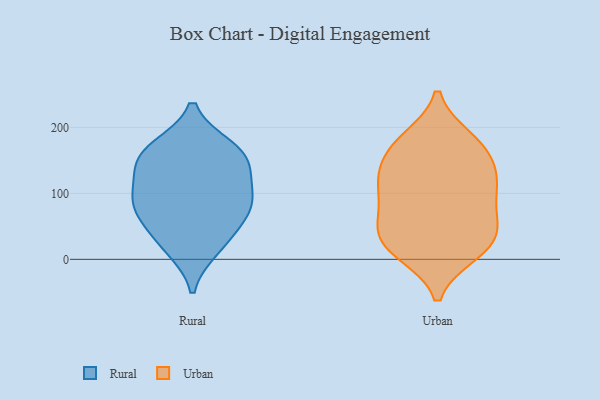
{"axis": {"x": "Operating Costs (USD K)", "y": "Value"}, "legend": ["Rural", "Urban"], "data": [{"x": "", "y": 164, "type": "Rural"}, {"x": "", "y": 27, "type": "Rural"}, {"x": "", "y": 76, "type": "Rural"}, {"x": "", "y": 17, "type": "Rural"}, {"x": "", "y": 57, "type": "Rural"}, {"x": "", "y": 95, "type": "Rural"}, {"x": "", "y": 137, "type": "Rural"}, {"x": "", "y": 161, "type": "Rural"}, {"x": "", "y": 169, "type": "Rural"}, {"x": "", "y": 85, "type": "Rural"}, {"x": "", "y": 137, "type": "Rural"}, {"x": "", "y": 93, "type": "Rural"}, {"x": "", "y": 26, "type": "Urban"}, {"x": "", "y": 115, "type": "Urban"}, {"x": "", "y": 52, "type": "Urban"}, {"x": "", "y": 173, "type": "Urban"}, {"x": "", "y": 159, "type": "Urban"}, {"x": "", "y": 78, "type": "Urban"}, {"x": "", "y": 52, "type": "Urban"}, {"x": "", "y": 16, "type": "Urban"}, {"x": "", "y": 16, "type": "Urban"}, {"x": "", "y": 177, "type": "Urban"}, {"x": "", "y": 10, "type": "Urban"}, {"x": "", "y": 102, "type": "Urban"}, {"x": "", "y": 129, "type": "Urban"}, {"x": "", "y": 111, "type": "Urban"}, {"x": "", "y": 51, "type": "Urban"}, {"x": "", "y": 182, "type": "Urban"}, {"x": "", "y": 129, "type": "Urban"}]}